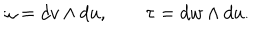
\omega = d v \wedge d u , \quad \quad \tau = d w \wedge d u .